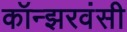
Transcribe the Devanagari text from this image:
कॉन्झरवंसी